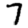
Digit: 7